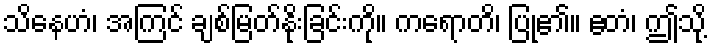
သိနေဟံ၊ အကြင် ချစ်မြတ်နိုးခြင်းကို။ ကရောတိ၊ ပြု၏။ ဧတံ၊ ဤသို့